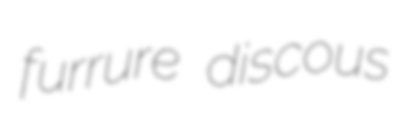
furrure discous